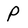
Character: P